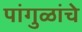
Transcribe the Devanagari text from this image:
पांगुळांचे